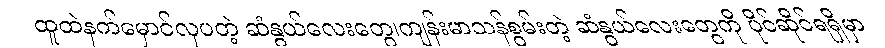
ထူထဲနက်မှောင်လှပတဲ့ ဆံနွယ်လေးတွေ၊ကျန်းမာသန်စွမ်းတဲ့ ဆံနွယ်လေးတွေကို ပိုင်ဆိုင်ရရှိမှာ